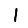
Digit: 1